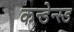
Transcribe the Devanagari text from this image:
कन्डेन्स्ड